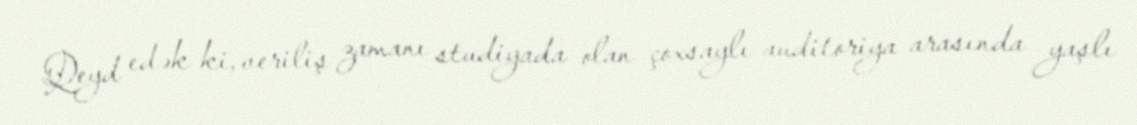
Qeyd edək ki, veriliş zamanı studiyada olan çoxsaylı auditoriya arasında yaşlı